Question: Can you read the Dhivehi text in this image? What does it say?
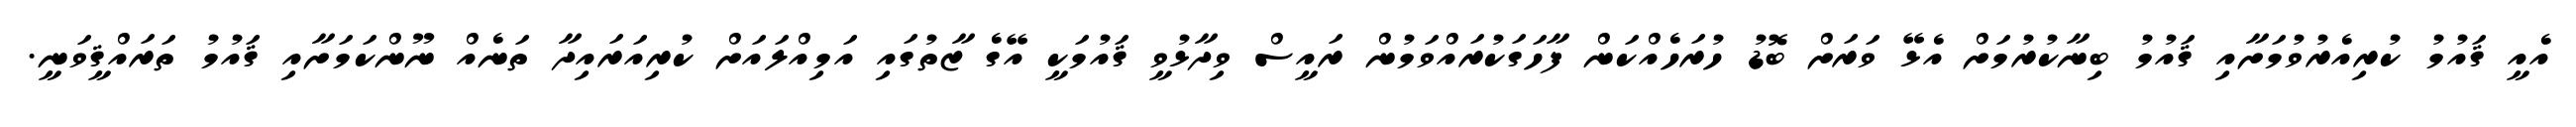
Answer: އެއީ ޤައުމު ކުރިއެރުވުމަށާއި ޤައުމު ބިނާކުރުމަށް އެޅޭ ވަރަށް ބޮޑު ހުރަހެއްކަން ފާހަގަކުރައްވަމުން ރައީސް ވިދާޅުވީ ޤައުމަކީ އޭގެ ޒާތުގައި އަމިއްލައަށް ކުރިއަރައިދާ ތަނެއް ނޫންކަމަށާއި ޤައުމު ތަރައްޤީވަނީ.